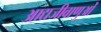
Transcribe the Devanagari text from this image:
आद्यजीवाणुओं